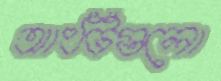
আংটিগুলো